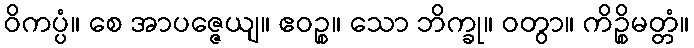
ဝိကပ္ပံ။ စေ အာပဇ္ဇေယျ။ ဧဝဉ္စ။ သော ဘိက္ခု။ ဝတွာ။ ကိဉ္စိမတ္တံ။